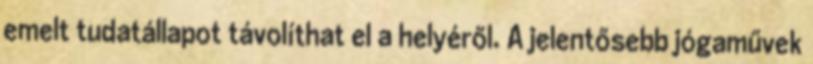
emelt tudatállapot távolíthat el a helyéről. A jelentősebb jógaművek